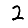
Digit: 2